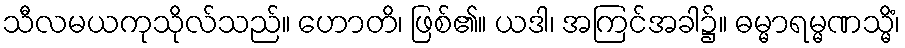
သီလမယကုသိုလ်သည်။ ဟောတိ၊ ဖြစ်၏။ ယဒါ၊ အကြင်အခါ၌။ ဓမ္မာရမ္မဏသ္မိံ၊